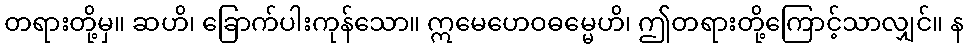
တရားတို့မှ။ ဆဟိ၊ ခြောက်ပါးကုန်သော။ ဣမေဟေဝဓမ္မေဟိ၊ ဤတရားတို့ကြောင့်သာလျှင်။ န